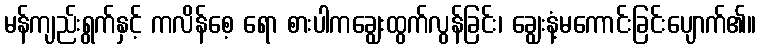
မန်ကျည်းရွက်နှင့် ကလိန်စေ့ ရော စားပါကချွေးထွက်လွန်ခြင်း၊ ချွေးနံ့မကောင်းခြင်းပျောက်၏။